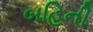
બહિની